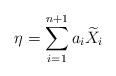
LaTeX: \begin{align*} \eta = \sum_{i=1}^{n+1} a_i \widetilde{X}_i \end{align*}